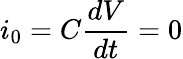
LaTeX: i_{0}=C\frac{dV}{dt}=0